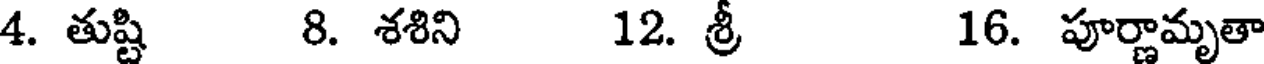
4. తుష్టి 8. శశిని 12. శ్రీ 16. పూర్ణామృతా